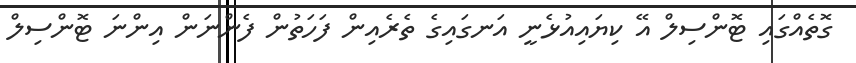
ގޮތެއްގައި ޓޮންސިލް އޭ ކިޔައިއުޅެނީ އަނގައިގެ ތެރެއިން ފަހަތުން ފެންނަން އިންނަ ޓޮންސިލް